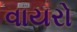
વાયરો